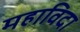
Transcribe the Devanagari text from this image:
महाविदा